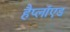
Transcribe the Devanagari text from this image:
हैप्लॉएड